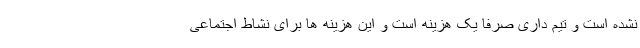
نشده است و تیم داری صرفا یک هزینه است و این هزینه ها برای نشاط اجتماعی